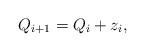
LaTeX: \begin{align*}Q_{i+1}=Q_i+z_i,\end{align*}